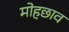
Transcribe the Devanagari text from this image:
मोहछाव